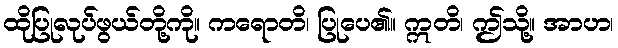
ထိုပြုလုပ်ဖွယ်တို့ကို။ ကရောတိ၊ ပြုပေ၏။ ဣတိ၊ ဤသို့။ အာဟ၊